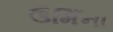
ઉમિઁના